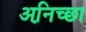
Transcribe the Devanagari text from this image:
अनि़च्छा